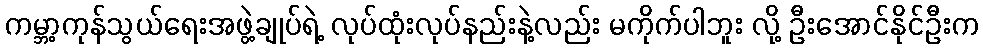
ကမ္ဘာ့ကုန်သွယ်ရေးအဖွဲ့ချုပ်ရဲ့ လုပ်ထုံးလုပ်နည်းနဲ့လည်း မကိုက်ပါဘူး လို့ ဦးအောင်နိုင်ဦးက